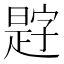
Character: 𪰿